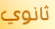
ثانوي